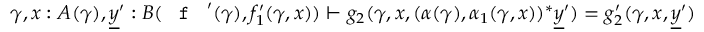
\gamma , x : A ( \gamma ) , \underline { { y } } ^ { \prime } : B ( \textnormal { \texttt { f } } ^ { \prime } ( \gamma ) , f _ { 1 } ^ { \prime } ( \gamma , x ) ) \vdash g _ { 2 } ( \gamma , x , ( \alpha ( \gamma ) , \alpha _ { 1 } ( \gamma , x ) ) ^ { * } \underline { { y } } ^ { \prime } ) = g _ { 2 } ^ { \prime } ( \gamma , x , \underline { { y } } ^ { \prime } )